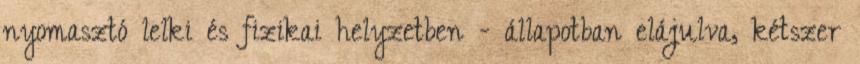
nyomasztó lelki és fizikai helyzetben - állapotban elájulva, kétszer